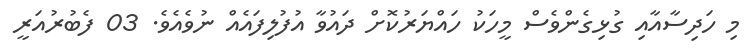
މި ހަދިސާއާއި ގުޅިގެންވެސް މީހަކު ހައްޔަރުކޮށް ދައުވާ އުފުލިފައެއް ނުވެއެވެ. 03 ފެބުރުއަރީ